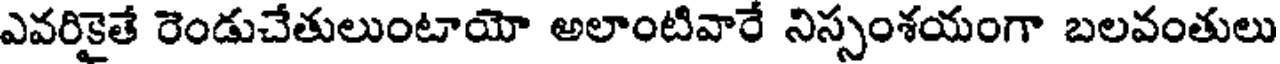
ఎవరికైతే రెండుచేతులుంటాయో అలాంటివారే నిస్సంశయంగా బలవంతులు